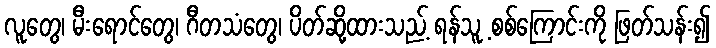
လူတွေ၊ မီးရောင်တွေ၊ ဂီတသံတွေ၊ ပိတ်ဆို့ထားသည့် ရန်သူ့ စစ်ကြောင်းကို ဖြတ်သန်း၍